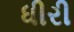
ધીરી